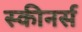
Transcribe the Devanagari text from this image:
स्कीनर्स